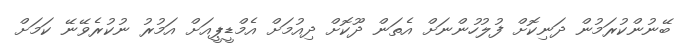
ބޭނުންކުރަމުން ދަނިކޮށް ފުލުހުންނަށް އެތަން ދޫކޮށް ދިއުމަށް އެމްޑީޕީއަށް އަމުރު ނުކުރެވޭނޭ ކަމަށް